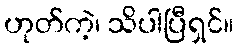
ဟုတ်ကဲ့၊ သိပါပြီရှင်။